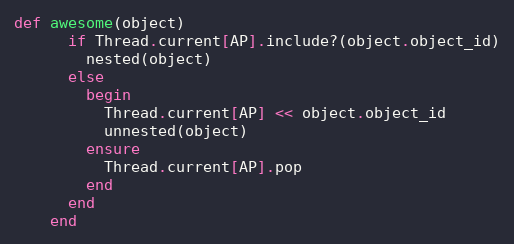
Language: Ruby
def awesome(object)
      if Thread.current[AP].include?(object.object_id)
        nested(object)
      else
        begin
          Thread.current[AP] << object.object_id
          unnested(object)
        ensure
          Thread.current[AP].pop
        end
      end
    end